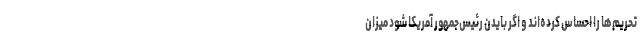
تحریم‌ها را احساس کرده‌اند و اگر بایدن رئیس‌جمهور آمریکا شود میزان